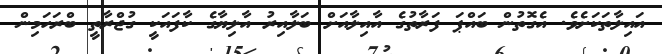
އައިލާތަކަށެވެ. އެގޮތުން ބައްޕަ ފަރާތުގެ އާއިލާއަށް ބަލާއިރު އާލިޔާގެ ކާފައަކީ ގުޖްރާތީ ބްރަހަމިން